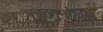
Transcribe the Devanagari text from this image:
फाल्गुनोत्सव